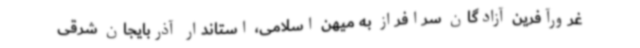
غرورآفرین آزادگان سرافراز به میهن اسلامی، استاندار آذربایجان شرقی